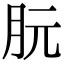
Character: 䏓